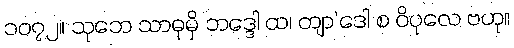
၁၀၇၂။ သုဘေ သာဓုမှိ ဘဒ္ဒေါ ထ၊ တျာ’ဒေါ စ ဝိပုလေ ဗဟု။